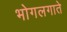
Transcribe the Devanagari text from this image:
भोगलगाते